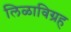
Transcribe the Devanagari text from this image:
लिळाविग्रह